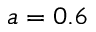
a = 0 . 6